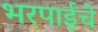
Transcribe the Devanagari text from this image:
भरपाईचे